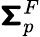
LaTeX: \boldsymbol{\mathsf{\Sigma}}_{p}^{F}